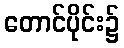
တောင်ပိုင်း၌